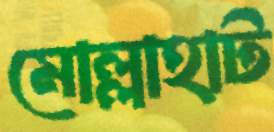
মোল্লাহাট